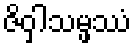
ဇိဝှါသမ္ဖဿံ